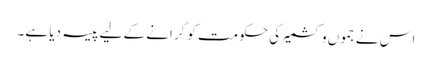
اس نے جموں و کشمیر کی حکومت کو گرانے کے لیے پیسہ دیا ہے۔